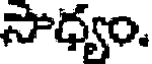
సాధ్యం.